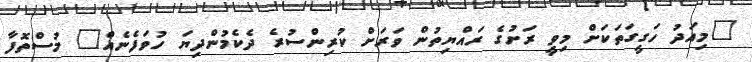
"މިއަދު ހަގީގަތަކަށް މިވީ ރަށުގެ ރައްޔިތުން ވަރަށް ކުރިންސުރެ ދެކެމުންދިޔަ ހުވަފެނެއް" މުސްތޮފާ